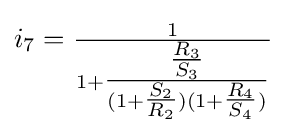
i_{7}={\tfrac {1}{1+{\tfrac {\tfrac {R_{3}}{S_{3}}}{(1+{\tfrac {S_{2}}{R_{2}}})(1+{\tfrac {R_{4}}{S_{4}}})}}}}